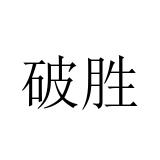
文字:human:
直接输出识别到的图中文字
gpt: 破胜